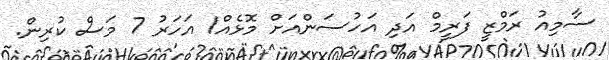
ސާމިއު ރަމްޒީ ފަރީމް އަދި އަހުސަންއަށް މޮޅެއް1 އަހަރު 7 މަސް ކުރިން.